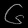
Digit: ၆